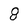
Character: 8